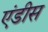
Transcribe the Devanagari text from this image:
एंडीस